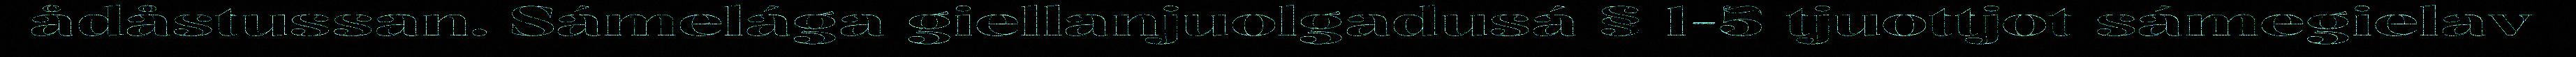
ådåstussan. Sámelága giellanjuolgadusá § 1-5 tjuottjot sámegielav